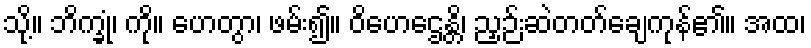
သို့။ ဘိက္ခုံ၊ ကို။ ဟေတွာ၊ ဖမ်း၍။ ဝိဟေဌေန္တိ၊ ညှဉ်းဆဲတတ်ချေကုန်၏။ အထ၊